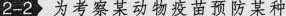
2-2为考察某动物疫苗预防某种